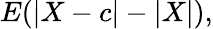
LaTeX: E(|X-c|-|X|),